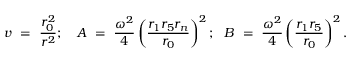
v ~ = ~ { \frac { r _ { 0 } ^ { 2 } } { r ^ { 2 } } } ; ~ ~ ~ A ~ = ~ { \frac { \omega ^ { 2 } } { 4 } } \left( { \frac { r _ { 1 } r _ { 5 } r _ { n } } { r _ { 0 } } } \right) ^ { 2 } ; ~ ~ B ~ = ~ { \frac { \omega ^ { 2 } } { 4 } } \left( { \frac { r _ { 1 } r _ { 5 } } { r _ { 0 } } } \right) ^ { 2 } .